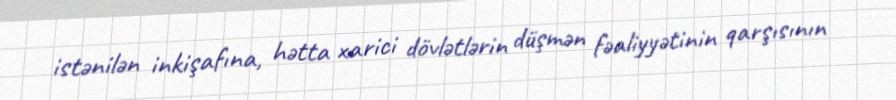
istənilən inkişafına, hətta xarici dövlətlərin düşmən fəaliyyətinin qarşısının